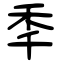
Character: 秊